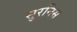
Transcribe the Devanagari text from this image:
सुरनिस